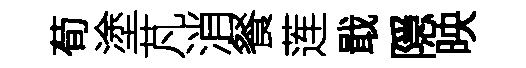
荀塗芃消餐莲戢隠映